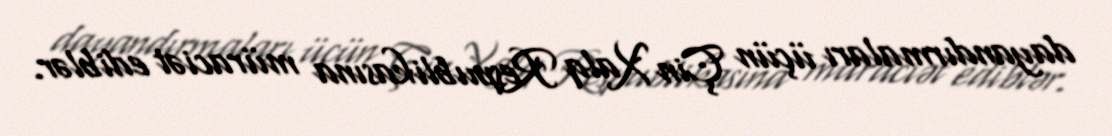
dayandırmaları üçün Çin Xalq Respublikasına müraciət ediblər.